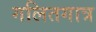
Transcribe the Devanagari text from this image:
गलितगात्र